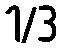
1/3